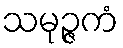
သမုဉ္ဇကံ